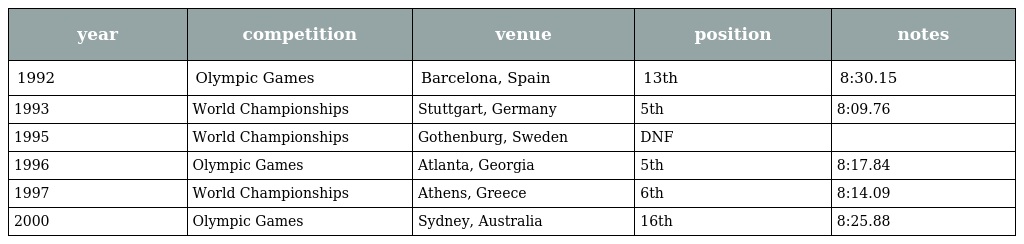
| year | competition | venue | position | notes |
 | --- | --- | --- | --- | --- |
 | 1992 | Olympic Games | Barcelona, Spain | 13th | 8:30.15 |
 | 1993 | World Championships | Stuttgart, Germany | 5th | 8:09.76 |
 | 1995 | World Championships | Gothenburg, Sweden | DNF |  |
 | 1996 | Olympic Games | Atlanta, Georgia | 5th | 8:17.84 |
 | 1997 | World Championships | Athens, Greece | 6th | 8:14.09 |
 | 2000 | Olympic Games | Sydney, Australia | 16th | 8:25.88 |